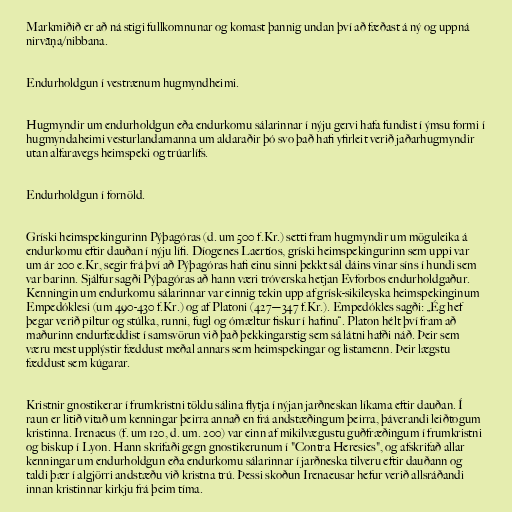
Markmiðið er að ná stigi fullkomnunar og komast þannig undan því að fæðast á ný og uppná
nirvāņa/nibbana.

Endurholdgun í vestrænum hugmyndheimi.

Hugmyndir um endurholdgun eða endurkomu sálarinnar í nýju gervi hafa fundist í ýmsu formi í
hugmyndaheimi vesturlandamanna um aldaraðir þó svo það hafi yfirleit verið jaðarhugmyndir
utan alfaravegs heimspeki og trúarlífs.

Endurholdgun í fornöld.

Gríski heimspekingurinn Pýþagóras (d. um 500 f.Kr.) setti fram hugmyndir um möguleika á
endurkomu eftir dauðan í nýju lífi. Díogenes Laertíos, gríski heimspekingurinn sem uppi var
um ár 200 e.Kr, segir frá því að Pýþagóras hafi einu sinni þekkt sál dáins vinar síns í hundi sem
var barinn. Sjálfur sagði Pýþagóras að hann væri tróverska hetjan Evforbos endurholdgaður.
Kenningin um endurkomu sálarinnar var einnig tekin upp af grísk-sikileyska heimspekinginum
Empedóklesi (um 490-430 f.Kr.) og af Platoni (427—347 f.Kr.). Empedókles sagði: „Ég hef
þegar verið piltur og stúlka, runni, fugl og ómæltur fiskur í hafinu“. Platon hélt því fram að
maðurinn endurfæddist í samsvörun við það þekkingarstig sem sá látni hafði náð. Þeir sem
væru mest upplýstir fæddust meðal annars sem heimspekingar og listamenn. Þeir lægstu
fæddust sem kúgarar.

Kristnir gnostikerar í frumkristni töldu sálina flytja í nýjan jarðneskan líkama eftir dauðan. Í
raun er litið vitað um kenningar þeirra annað en frá andstæðingum þeirra, þáverandi leiðtogum
kristinna. Irenaeus (f. um 120, d. um. 200) var einn af mikilvægustu guðfræðingum í frumkristni
og biskup í Lyon. Hann skrifaði gegn gnostikerunum í "Contra Heresies", og afskrifað allar
kenningar um endurholdgun eða endurkomu sálarinnar í jarðneska tilveru eftir dauðann og
taldi þær í algjörri andstæðu við kristna trú. Þessi skoðun Irenaeusar hefur verið allsráðandi
innan kristinnar kirkju frá þeim tíma.